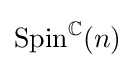
\operatorname {Spin} ^{\mathbb {C} }(n)